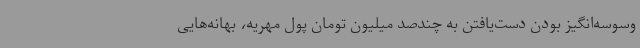
وسوسه‌انگیز بودن دست‌یافتن به چندصد میلیون تومان پول مهریه، بهانه‌هایی